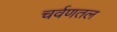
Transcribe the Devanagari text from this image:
चर्वणतल